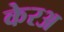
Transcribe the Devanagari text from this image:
केरअ